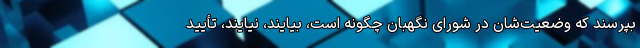
بپرسند که وضعیت‌شان در شورای نگهبان چگونه است، بیایند، نیایند، تأیید